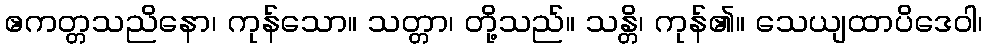
ဧကတ္တသညိနော၊ ကုန်သော။ သတ္တာ၊ တို့သည်။ သန္တိ၊ ကုန်၏။ သေယျထာပိဒေဝါ၊